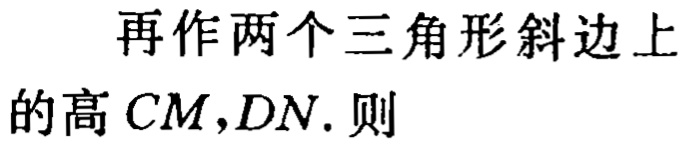
再作两个三角形斜边上的高 \(CM,DN.\) 则